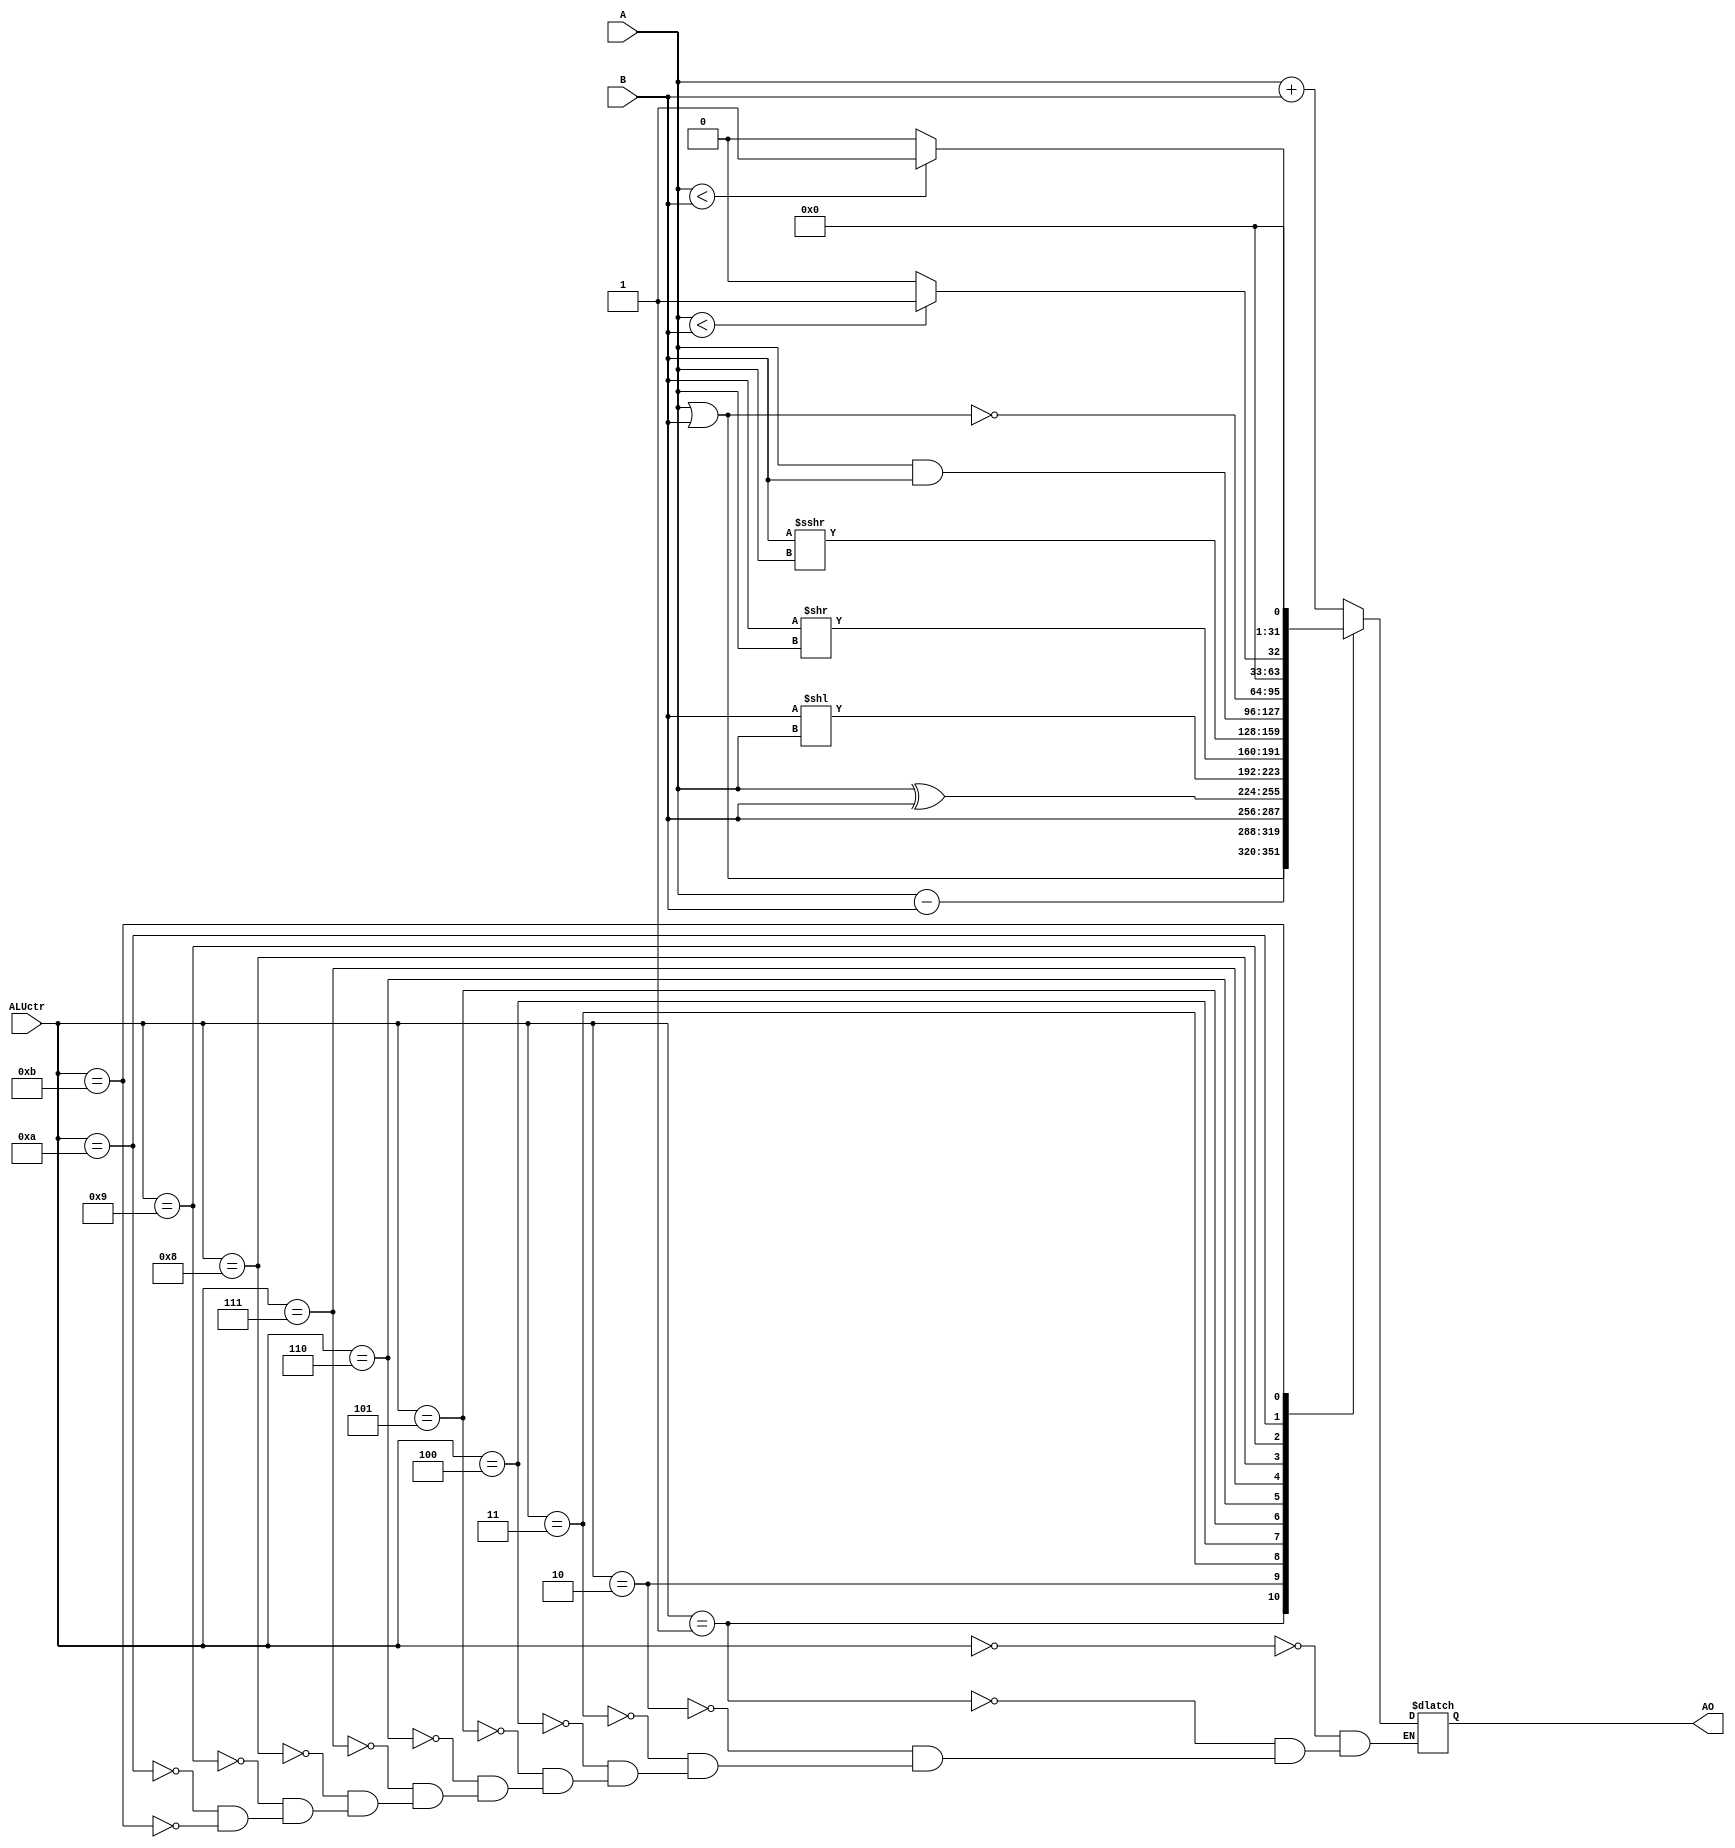
`timescale 1ns / 1ps
//////////////////////////////////////////////////////////////////////////////////
// Company: 
// Engineer: 
// 
// Design Name: 
// Module Name:    alu 
// Project Name: 
// Target Devices: 
// Tool versions: 
// Description: 
//
// Dependencies: 
//
// Revision: 
// Revision 0.01 - File Created
// Additional Comments: 
//
//////////////////////////////////////////////////////////////////////////////////
module alu(
	input [31:0] A,
	input [31:0] B,
	input [3:0] ALUctr,
	output reg [31:0] AO
    );
	wire [31:0] AO0 = A + B;
	wire [31:0] AO1 = A - B;
	wire [31:0] AO2 = A | B;
	wire [31:0] AO3 = B;
	wire [31:0] AO4 = A ^ B;
	wire [31:0] AO5 = B << A;
	wire [31:0] AO6 = B >> A;
	wire [31:0] AO7 = $signed(B) >>> A;
	wire [31:0] AO8 = A & B;
	wire [31:0] AO9 = ~(A | B);
	wire [31:0] AO10 = ($signed(A) < $signed(B)) ? 1 : 0;
	wire [31:0] AO11 = (A < B) ? 1 : 0;
	
	initial begin
		AO = 0;
	end
	
	always @* begin
		case (ALUctr)
			4'd0:AO <= AO0;
			4'd1:AO <= AO1;
			4'd2:AO <= AO2;
			4'd3:AO <= AO3;
			4'd4:AO <= AO4;
			4'd5:AO <= AO5;
			4'd6:AO <= AO6;
			4'd7:AO <= AO7;
			4'd8:AO <= AO8;
			4'd9:AO <= AO9;
			4'd10:AO <= AO10;
			4'd11:AO <= AO11;
		endcase
	end
endmodule